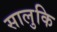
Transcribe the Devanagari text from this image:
सालुकि